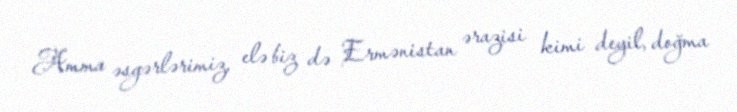
Amma əsgərlərimiz, elə biz də Ermənistan ərazisi kimi deyil, doğma